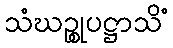
သံဃဉ္စုပဋ္ဌာသိံ